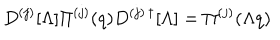
D ^ { ( j ) } [ \Lambda ] \Pi ^ { ( j ) } ( q ) D ^ { ( j ) \, \dagger } [ \Lambda ] = \Pi ^ { ( j ) } ( \Lambda q )